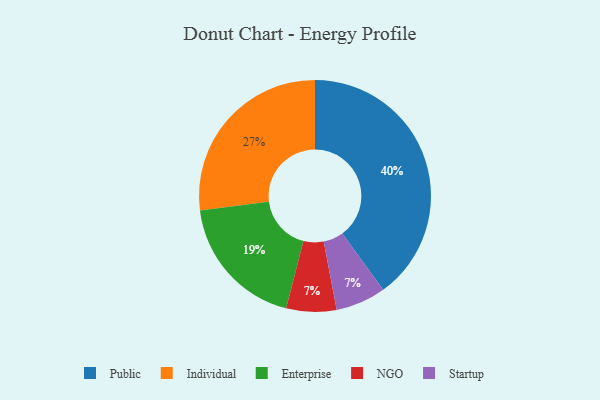
{"axis": {"x": "Category", "y": "Percentage"}, "legend": ["Enterprise", "Individual", "NGO", "Public", "Startup"], "data": [{"x": "Enterprise", "y": 19, "type": "Enterprise"}, {"x": "NGO", "y": 7, "type": "NGO"}, {"x": "Public", "y": 40, "type": "Public"}, {"x": "Individual", "y": 27, "type": "Individual"}, {"x": "Startup", "y": 7, "type": "Startup"}]}